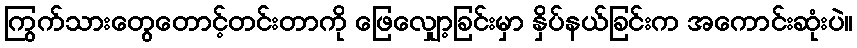
ကြွက်သားတွေတောင့်တင်းတာကို ဖြေလျှော့ခြင်းမှာ နှိပ်နယ်ခြင်းက အကောင်းဆုံးပဲ။